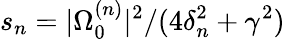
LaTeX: s_{n}=|\Omega_{0}^{(n)}|^{2}/(4\delta_{n}^{2}+\gamma^{2})